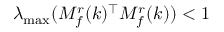
\lambda _ { \operatorname* { m a x } } ( M _ { f } ^ { r } ( k ) ^ { \top } M _ { f } ^ { r } ( k ) ) < 1